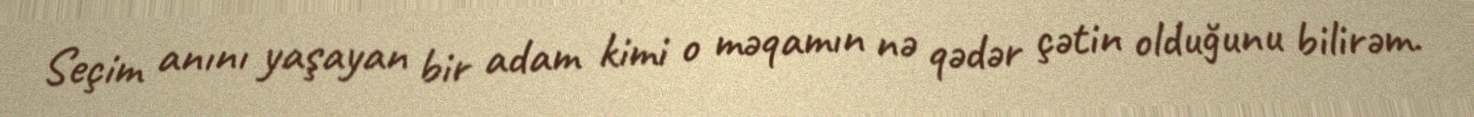
Seçim anını yaşayan bir adam kimi o məqamın nə qədər çətin olduğunu bilirəm.